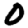
Digit: 0